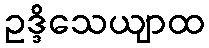
ဥဒ္ဒိသေယျာထ